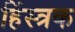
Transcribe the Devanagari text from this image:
हिंस्त्रक